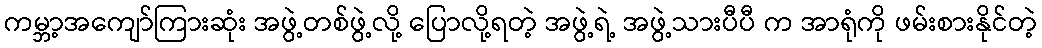
ကမ္ဘာ့အကျော်ကြားဆုံး အဖွဲ့တစ်ဖွဲ့လို့ ပြောလို့ရတဲ့ အဖွဲ့ရဲ့ အဖွဲ့သားပီပီ က အာရုံကို ဖမ်းစားနိုင်တဲ့